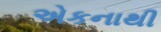
એકનાથી